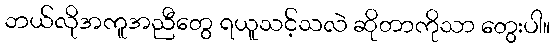
ဘယ်လိုအကူအညီတွေ ရယူသင့်သလဲ ဆိုတာကိုသာ တွေးပါ။